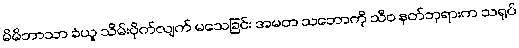
မိမိဘာသာ ခံယူ သိမ်းပိုက်လျက် မသေခြင်း အမတ သဘောကို သီဝ နတ်ဘုရားက သရုပ်